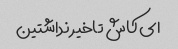
ای کاش تاخیر نداشتین